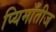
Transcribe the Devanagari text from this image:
प्यिमाँतीज